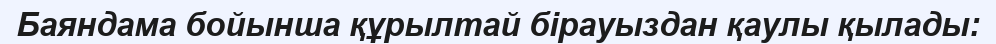
Баяндама бойынша құрылтай бірауыздан қаулы қылады: